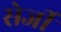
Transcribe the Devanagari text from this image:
सेर्जी